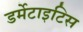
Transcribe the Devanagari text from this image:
डर्मेटाइटिस